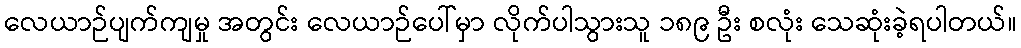
လေယာဉ်ပျက်ကျမှု အတွင်း လေယာဉ်ပေါ်မှာ လိုက်ပါသွားသူ ၁၈၉ ဦး စလုံး သေဆုံးခဲ့ရပါတယ်။